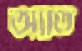
অ্যাত